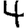
Digit: 4